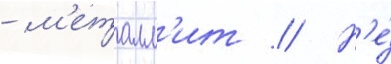
- м'еталл'ит // Н'е́